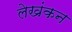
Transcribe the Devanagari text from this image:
लेखंकन